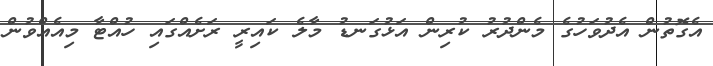
އެގޮތުން އެދުވަހުގެ މެންދުރު ކުރިން އަޅުގަނޑު މާލެ ކައިރީ ރަށެއްގައި ހުއްޓާ މިއެއްވުން